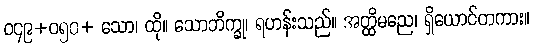
ဝ၄၉+ဝ၅၀+ သော၊ ထို။ သောဘိက္ခု၊ ရဟန်းသည်။ အတ္ထိမညေ၊ ရှိယောင်တကား။